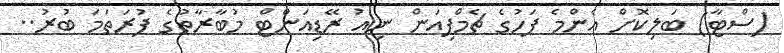
(ސްޓާ) ބަލިކޮށް އެންމެ ފަހުގެ ޗެމްޕިއަން ނިއު ރޭޑިއަންޓް މުބާރާތުގެ ފުރަތަމަ ބުރު..